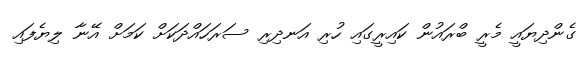
ގެންދިޔައީ މެރީ ބްރައުން ކައިރީގައި ހުރި އަނދިރި ސަރަހައްދަކަށް ކަމަށް އޭނާ ލިޔެފައި